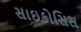
સાઇકોસિસ